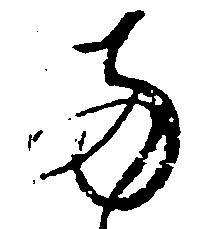
両